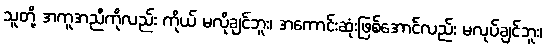
သူတို့ အကူအညီကိုလည်း ကိုယ် မလိုချင်ဘူး၊ အကောင်းဆုံးဖြစ်အောင်လည်း မလုပ်ချင်ဘူး၊